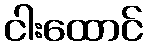
ငါးထောင်